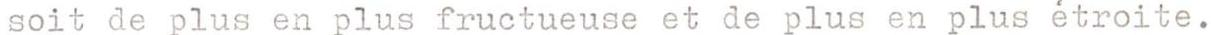
soit de plus en plus fructueuse et de plus en plus étroite.